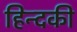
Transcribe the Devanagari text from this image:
हिन्दकी